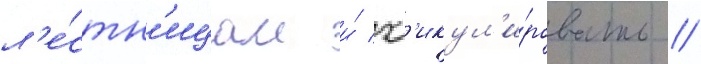
л'е́стн'ицам и́ жест'икул'и́ровать //